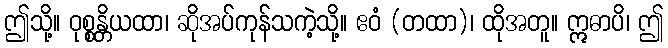
ဤသို့။ ဝုစ္စန္တိယထာ၊ ဆိုအပ်ကုန်သကဲ့သို့။ ဧဝံ (တထာ)၊ ထိုအတူ။ ဣဓာပိ၊ ဤ